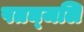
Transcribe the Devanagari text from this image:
पतञ्‍जलि